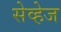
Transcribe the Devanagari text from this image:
सेव्हेज